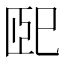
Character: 巸